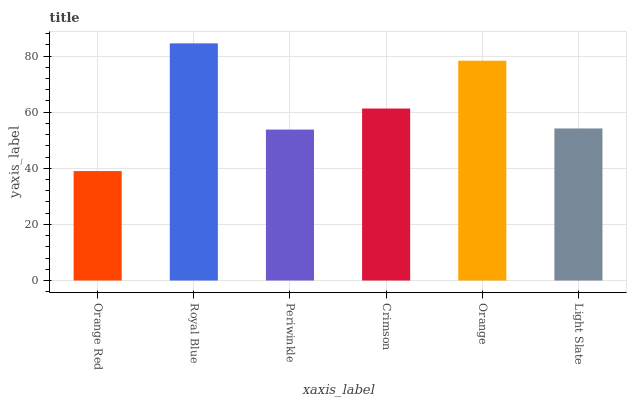
| xaxis_label | bars |
 | --- | --- |
 | Orange Red | 39 |
 | Royal Blue | 84.5 |
 | Periwinkle | 53.8 |
 | Crimson | 61.3 |
 | Orange | 78.3 |
 | Light Slate | 54.2 |